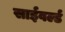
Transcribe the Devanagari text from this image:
साईवर्ल्ड